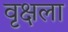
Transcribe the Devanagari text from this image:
वृक्षला